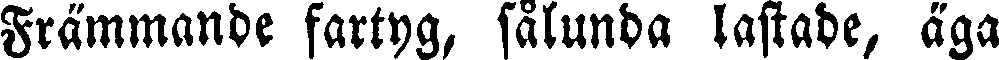
Främmande fartyg, sålunda lastade, äga